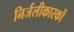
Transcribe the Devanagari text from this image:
निर्जलीकारकों